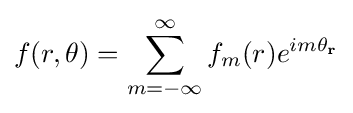
f(r,\theta )=\sum _{m=-\infty }^{\infty }f_{m}(r)e^{im\theta _{\mathbf {r} }}